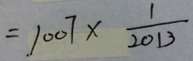
= 1 0 0 7 \times \frac { 1 } { 2 0 1 3 }